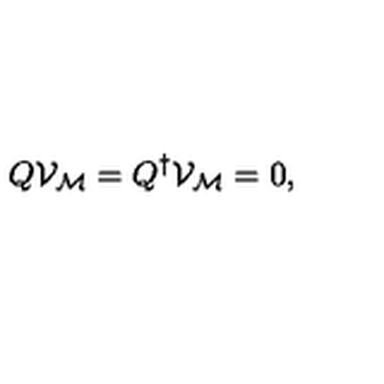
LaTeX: Q { \mathcal V } _ { \mathcal M } = Q ^ { \dagger } { \mathcal V } _ { \mathcal M } = 0 ,